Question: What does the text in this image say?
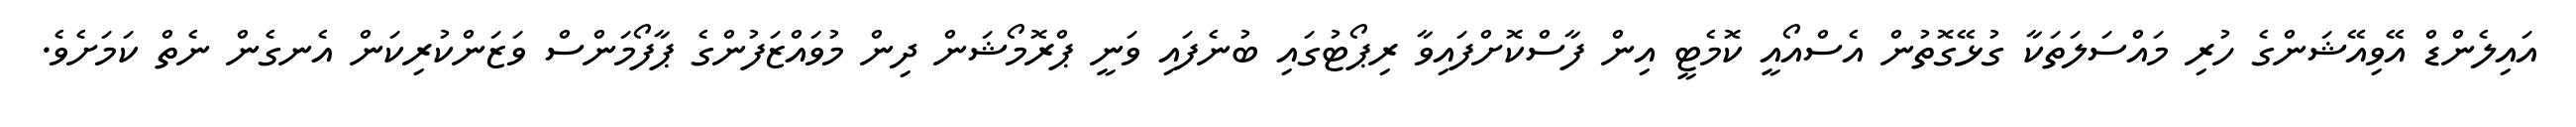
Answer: އައިލެންޑް އޭވިއޭޝަންގެ ހުރި މައްސަލަތަކާ ގުޅޭގޮތުން އެސްއޯއީ ކޮމެޓީ އިން ފާސްކޮށްފައިވާ ރިޕޯޓުގައި ބުނެފައި ވަނީ ޕްރޮމޯޝަން ދިން މުވައްޒަފުންގެ ޕާފޯމަންސް ވަޒަންކުރިކަން އެނގެން ނެތް ކަމަށެވެ.